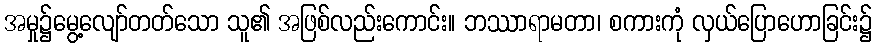
အမှု၌မွေ့လျော်တတ်သော သူ၏ အဖြစ်လည်းကောင်း။ ဘဿာရာမတာ၊ စကားကုံ လှယ်ပြောဟောခြင်း၌